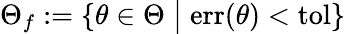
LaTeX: \Theta_{f}:=\left\{ \theta\in\Theta\; \big|\; \mathrm{err}(\theta)<\mathrm{tol}\right\}